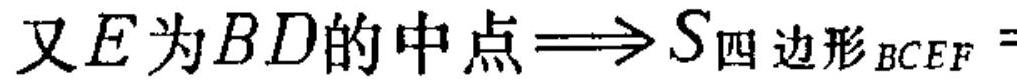
又\(E为BD的中点\Longrightarrow S_{四边形BCEF} =\)